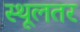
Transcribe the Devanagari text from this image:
स्थूलतर